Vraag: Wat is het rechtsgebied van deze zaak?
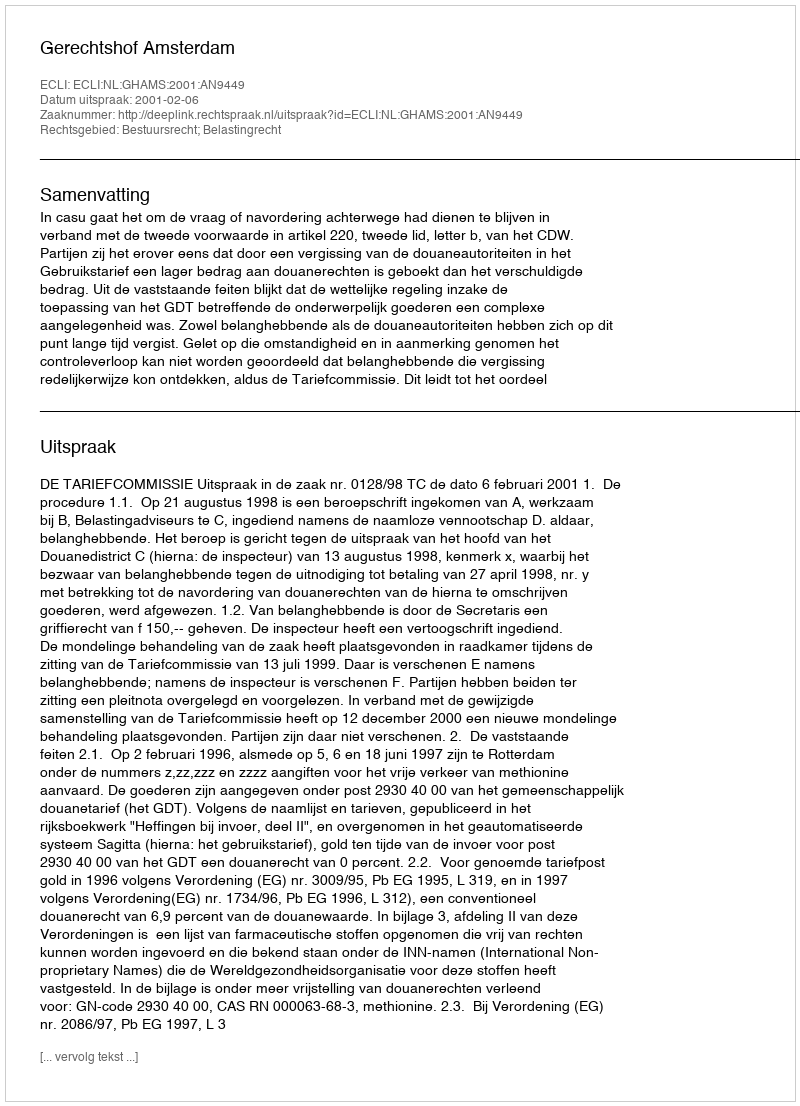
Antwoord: Bestuursrecht; Belastingrecht